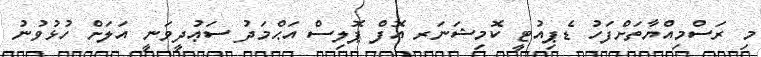
މި ރަސްމިއްޔާތަށްފަހު ޑެޕިއުޓީ ކޮމިޝަނަރ އޮފް ޕޮލިސް އަޙްމަދު ސަޢުދީވަނީ އަލަށް ހުޅުވުނު